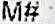
M# :